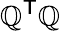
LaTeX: \mathbb{Q}^{\textsf{{T}}}\mathbb{Q}